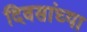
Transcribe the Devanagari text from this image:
दिवसांच्‍या